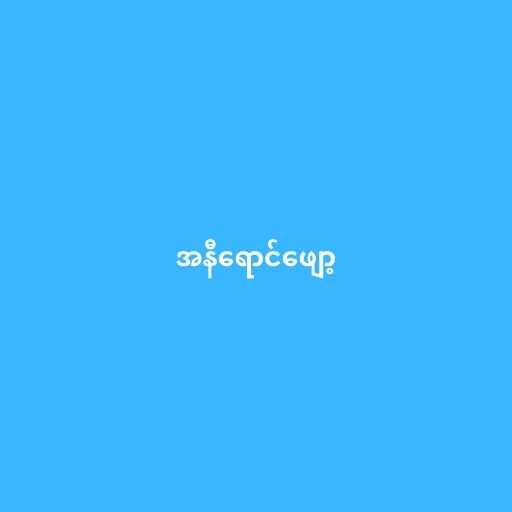
အနီရောင်ဖျော့